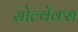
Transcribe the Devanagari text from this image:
सोल्वेक्स